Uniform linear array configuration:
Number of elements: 48
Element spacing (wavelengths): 1
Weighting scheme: hamming
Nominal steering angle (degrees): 60
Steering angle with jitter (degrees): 60.319
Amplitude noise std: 0.05
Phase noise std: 0.05

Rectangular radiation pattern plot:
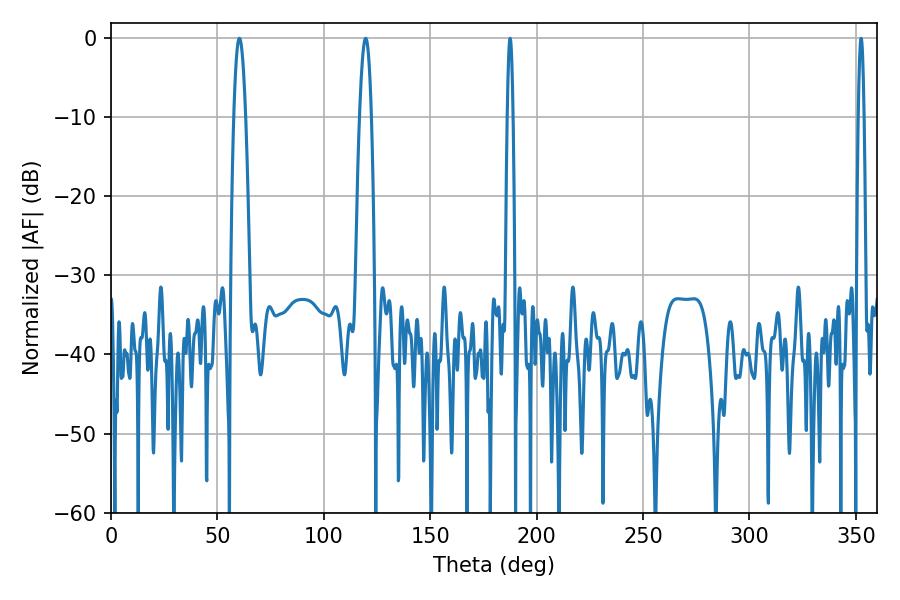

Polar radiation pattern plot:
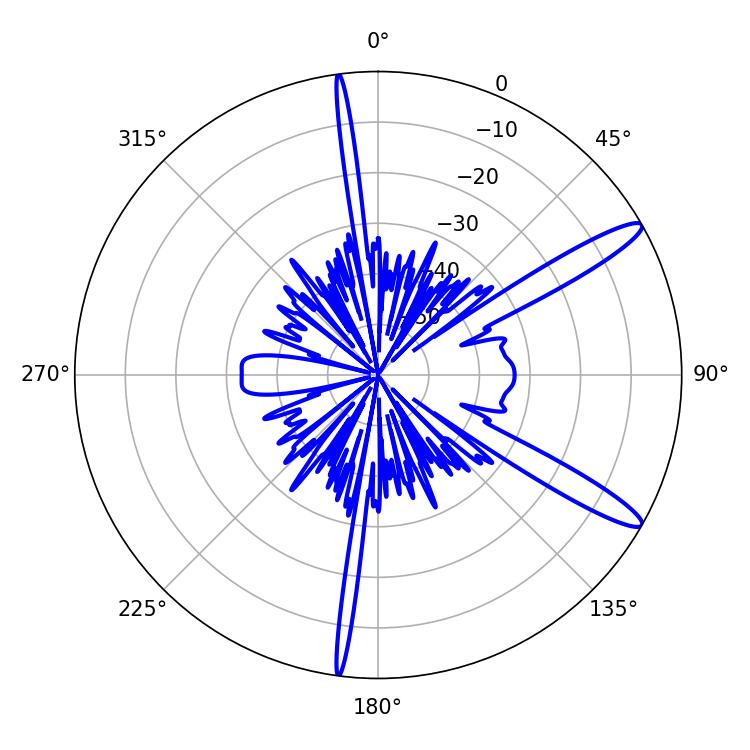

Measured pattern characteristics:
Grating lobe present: TRUE
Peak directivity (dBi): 13.289
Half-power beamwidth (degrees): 3.06
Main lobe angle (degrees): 60.3